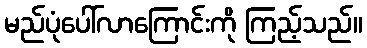
မည်ပုံပေါ်လာကြောင်းကို ကြည့်သည်။